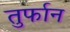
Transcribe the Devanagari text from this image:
तुर्फान